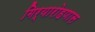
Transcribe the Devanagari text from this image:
गिर्यारोहणास